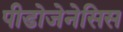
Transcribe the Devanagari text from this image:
पीडोजेनेसिस